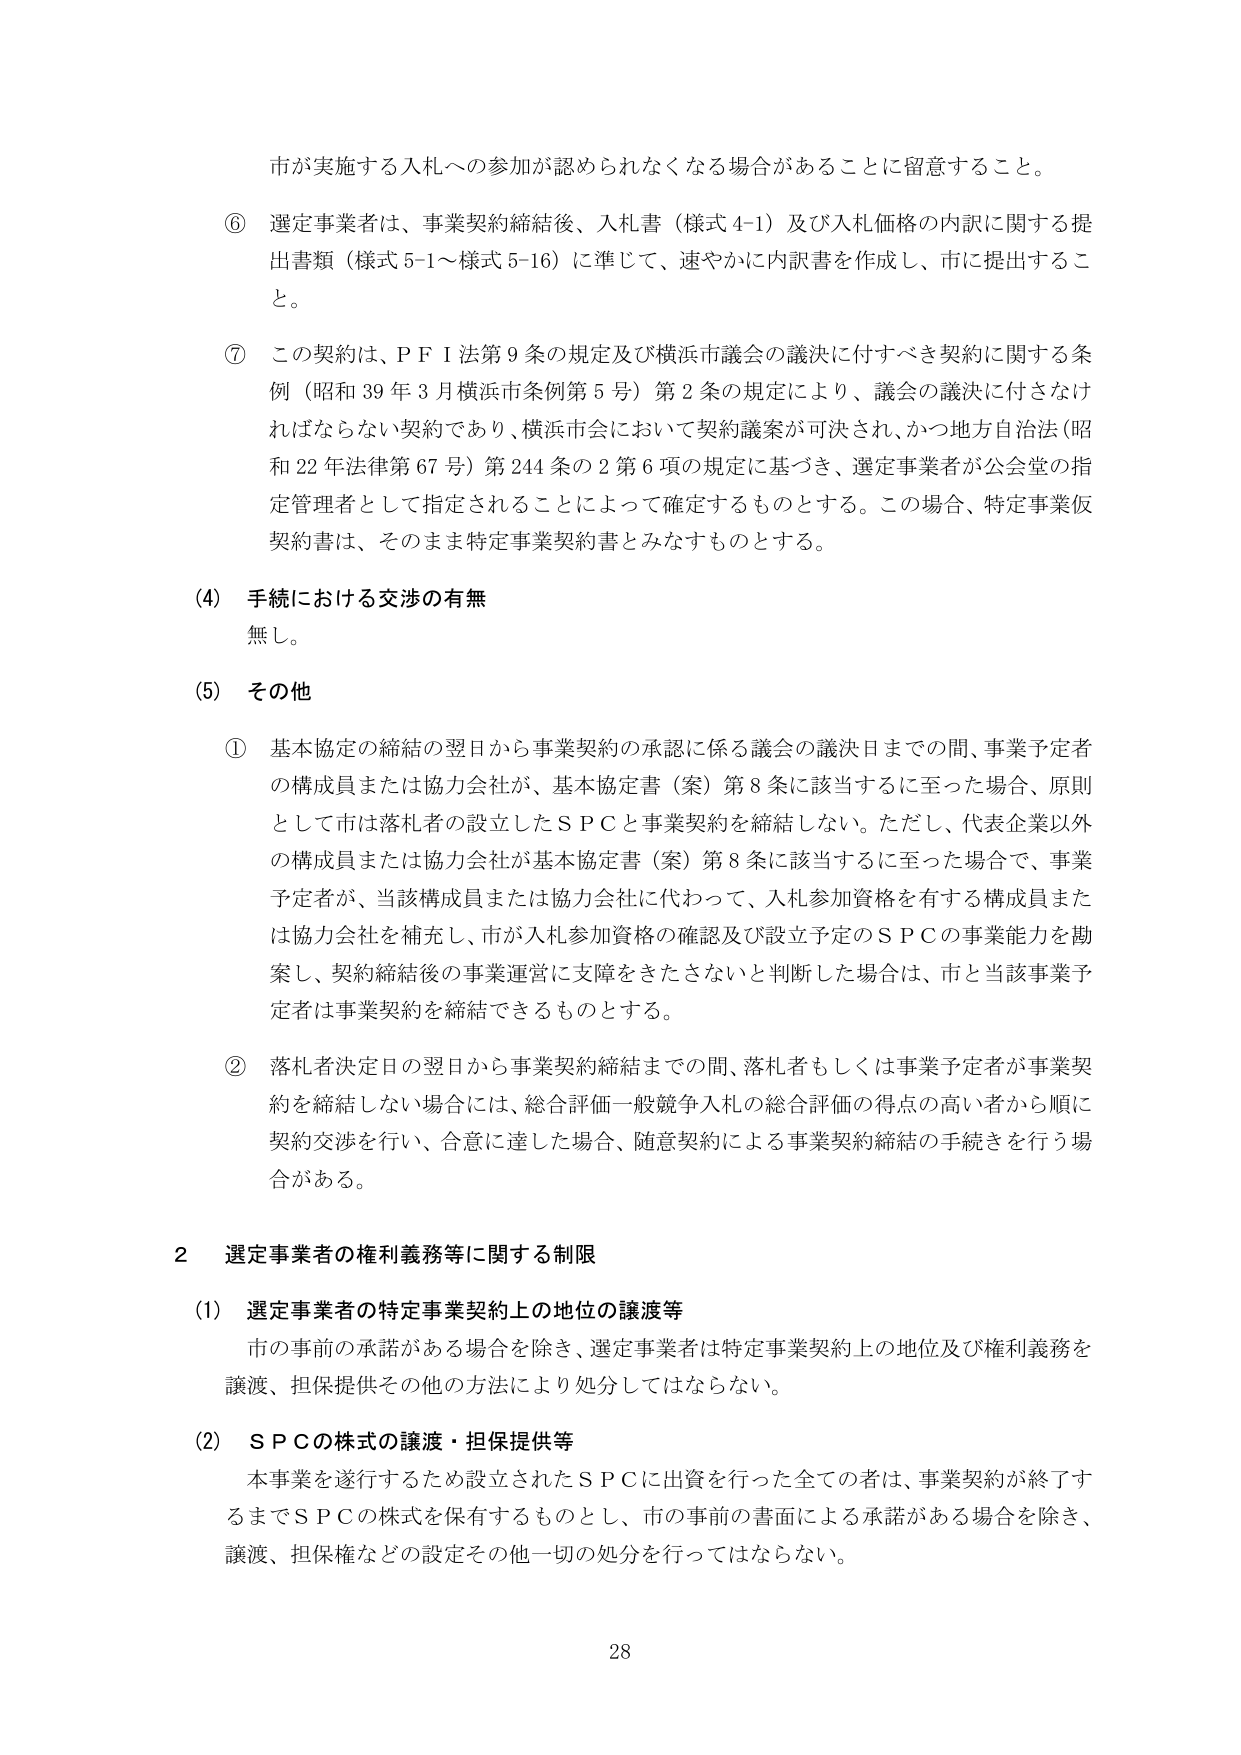
市が実施する入札への参加が認められなくなる場合があることに留意すること。

⑥ 選定事業者は、事業契約締結後、入札書（様式4-1）及び入札価格の内訳に関する提出書類（様式5-1～様式5-16）に準じて、速やかに内訳書を作成し、市に提出すること。

⑦ この契約は、ＰＦＩ法第9条の規定及び横浜市議会の議決に付すべき契約に関する条例（昭和39年3月横浜市条例第5号）第2条の規定により、議会の議決に付さなければならない契約であり、横浜市会において契約議案が可決され、かつ地方自治法（昭和22年法律第67号）第244条の2第6項の規定に基づき、選定事業者が公会堂の指定管理者として指定されることによって確定するものとする。この場合、特定事業仮契約書は、そのまま特定事業契約書とみなすものとする。

(4) 手続における交渉の有無
無し。

(5) その他

① 基本協定の締結の翌日から事業契約の承認に係る議会の議決日までの間、事業予定者の構成員または協力会社が、基本協定書（案）第8条に該当するに至った場合、原則として市は落札者の設立したＳＰＣと事業契約を締結しない。ただし、代表企業以外の構成員または協力会社が基本協定書（案）第8条に該当するに至った場合で、事業予定者が、当該構成員または協力会社に代わって、入札参加資格を有する構成員または協力会社を補充し、市が入札参加資格の確認及び設立予定のＳＰＣの事業能力を勘案し、契約締結後の事業運営に支障をきたさないと判断した場合は、市と当該事業予定者は事業契約を締結できるものとする。

② 落札者決定日の翌日から事業契約締結までの間、落札者もしくは事業予定者が事業契約を締結しない場合には、総合評価一般競争入札の総合評価の得点の高い者から順に契約交渉を行い、合意に達した場合、随意契約による事業契約締結の手続きを行う場合がある。

2 選定事業者の権利義務等に関する制限

(1) 選定事業者の特定事業契約上の地位の譲渡等
市の事前の承諾がある場合を除き、選定事業者は特定事業契約上の地位及び権利義務を譲渡、担保提供その他の方法により処分してはならない。

(2) ＳＰＣの株式の譲渡・担保提供等
本事業を遂行するため設立されたＳＰＣに出資を行った全ての者は、事業契約が終了するまでＳＰＣの株式を保有するものとし、市の事前の書面による承諾がある場合を除き、譲渡、担保権などの設定その他一切の処分を行ってはならない。

28